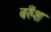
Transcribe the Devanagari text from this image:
बरुँश